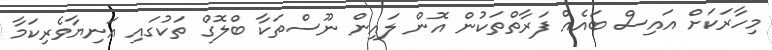
މިހާރަކަށް އައިސް ބައެއް ފަރާތްތަކުން އޮން ލައިން ނޫސްތަކާ ބްލޮގް ތަކުގައި އަނިޔާވެރިކަމާ